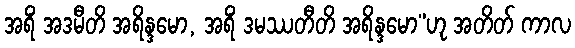
အရိံ အဒမီတိ အရိန္ဒမော, အရိံ ဒမဿတီတိ အရိန္ဒမော”ဟု အတိတ် ကာလ